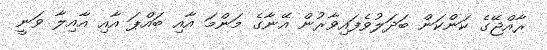
ރާއްޖޭގެ ކަންކަން ބަދަލުވެފައިވާރުން އޭނާގެ މަންމަ އާއި ބައްޕަ އާއި އާއިލާ ވަނީ